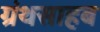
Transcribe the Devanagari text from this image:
ग्रंथसाहब